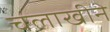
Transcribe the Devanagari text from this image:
चलाखीने